Annual report of the Punjab Veterinary College and of the Civil Veterinary Department, Punjab - 1920-1925
Year: 1920
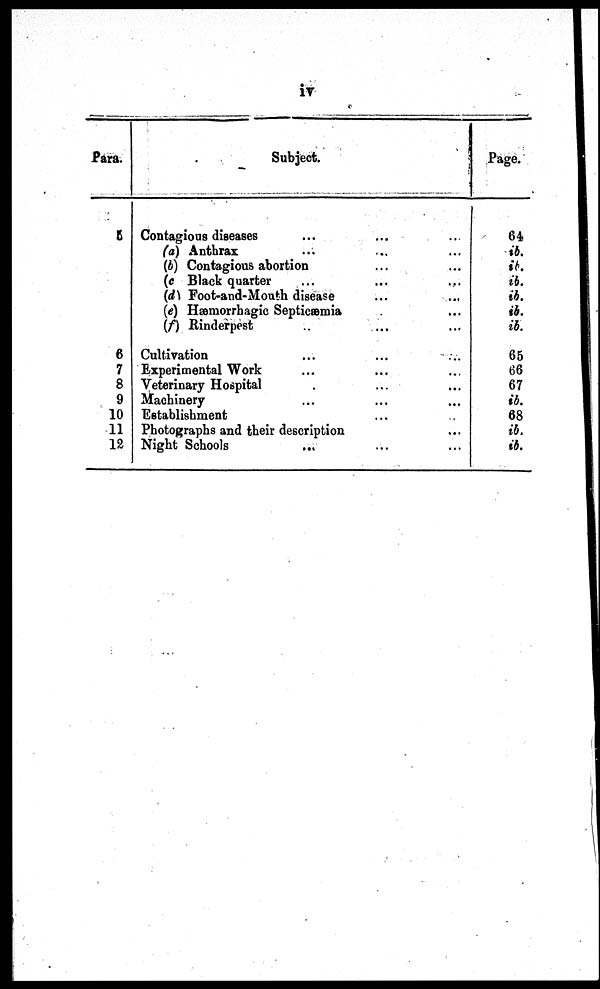
iv
Para.
5
6
7
8
9
10
11
12
Subject.
Contagions diseases ... ... ...
(a) Anthrax ... ...
(b) Contagious abortion ... ... ...
(c Black quarter ... ... ...
(d) Foot-and-Mouth disease ... ... ...
(e) Hæmorrhagic Septicæmia ... ... ...
(f) Rinderpest ... ... ...
Cultivation ... ... ...
Experimental Work ... ... ...
Veterinary Hospital ... ... ... ... ...
Machinery ... ... ...
Establishment ... ... ...
Photographs and their description ... ... ... ...
Night Schools ... ...
Page.
64
ib.
ib.
ib.
ib.
ib.
ib.
65
66
67
ib.
68
ib.
ib.